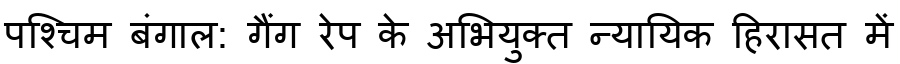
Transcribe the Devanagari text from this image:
पश्चिम बंगाल: गैंग रेप के अभियुक्त न्यायिक हिरासत में